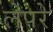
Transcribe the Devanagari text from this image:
लेपरे